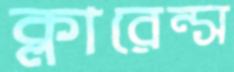
ক্লারেন্স